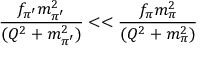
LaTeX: \frac { f _ { \pi ^ { \prime } } m _ { \pi ^ { \prime } } ^ { 2 } } { ( Q ^ { 2 } + m _ { \pi ^ { \prime } } ^ { 2 } ) } < < \frac { f _ { \pi } m _ { \pi } ^ { 2 } } { ( Q ^ { 2 } + m _ { \pi } ^ { 2 } ) }